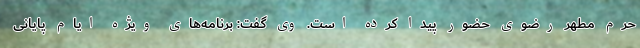
حرم مطهر رضوی حضور پیدا کرده است. وی گفت: برنامه‌های ویژه ایام پایانی